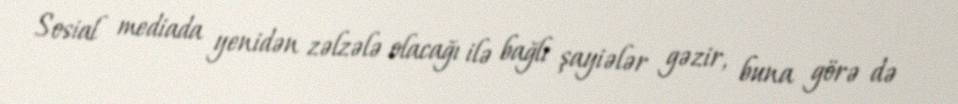
Sosial mediada yenidən zəlzələ olacağı ilə bağlı şayiələr gəzir, buna görə də